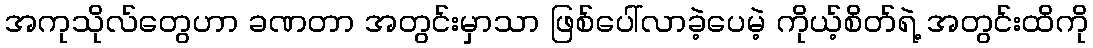
အကုသိုလ်တွေဟာ ခဏတာ အတွင်းမှာသာ ဖြစ်ပေါ်လာခဲ့ပေမဲ့ ကိုယ့်စိတ်ရဲ့ အတွင်းထိကို